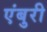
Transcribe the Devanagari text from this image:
एंबुरी